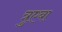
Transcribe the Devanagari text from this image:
त्रुएबा